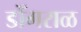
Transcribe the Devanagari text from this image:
डोँगराळ